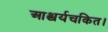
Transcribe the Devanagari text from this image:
आश्चर्यचकित।